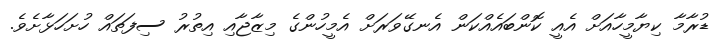
ޑުރާމާ ކިޔާމީހާއަށް އެއީ ކޮންބައެއްކަން އެނގޭވަރަށް އެމީހުންގެ މިޒާޖާއި އިތުރު ސިފަތައް ހުށަހަޅާށެވެ.